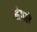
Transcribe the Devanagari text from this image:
मंगले